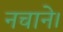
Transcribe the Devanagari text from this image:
नचाने।